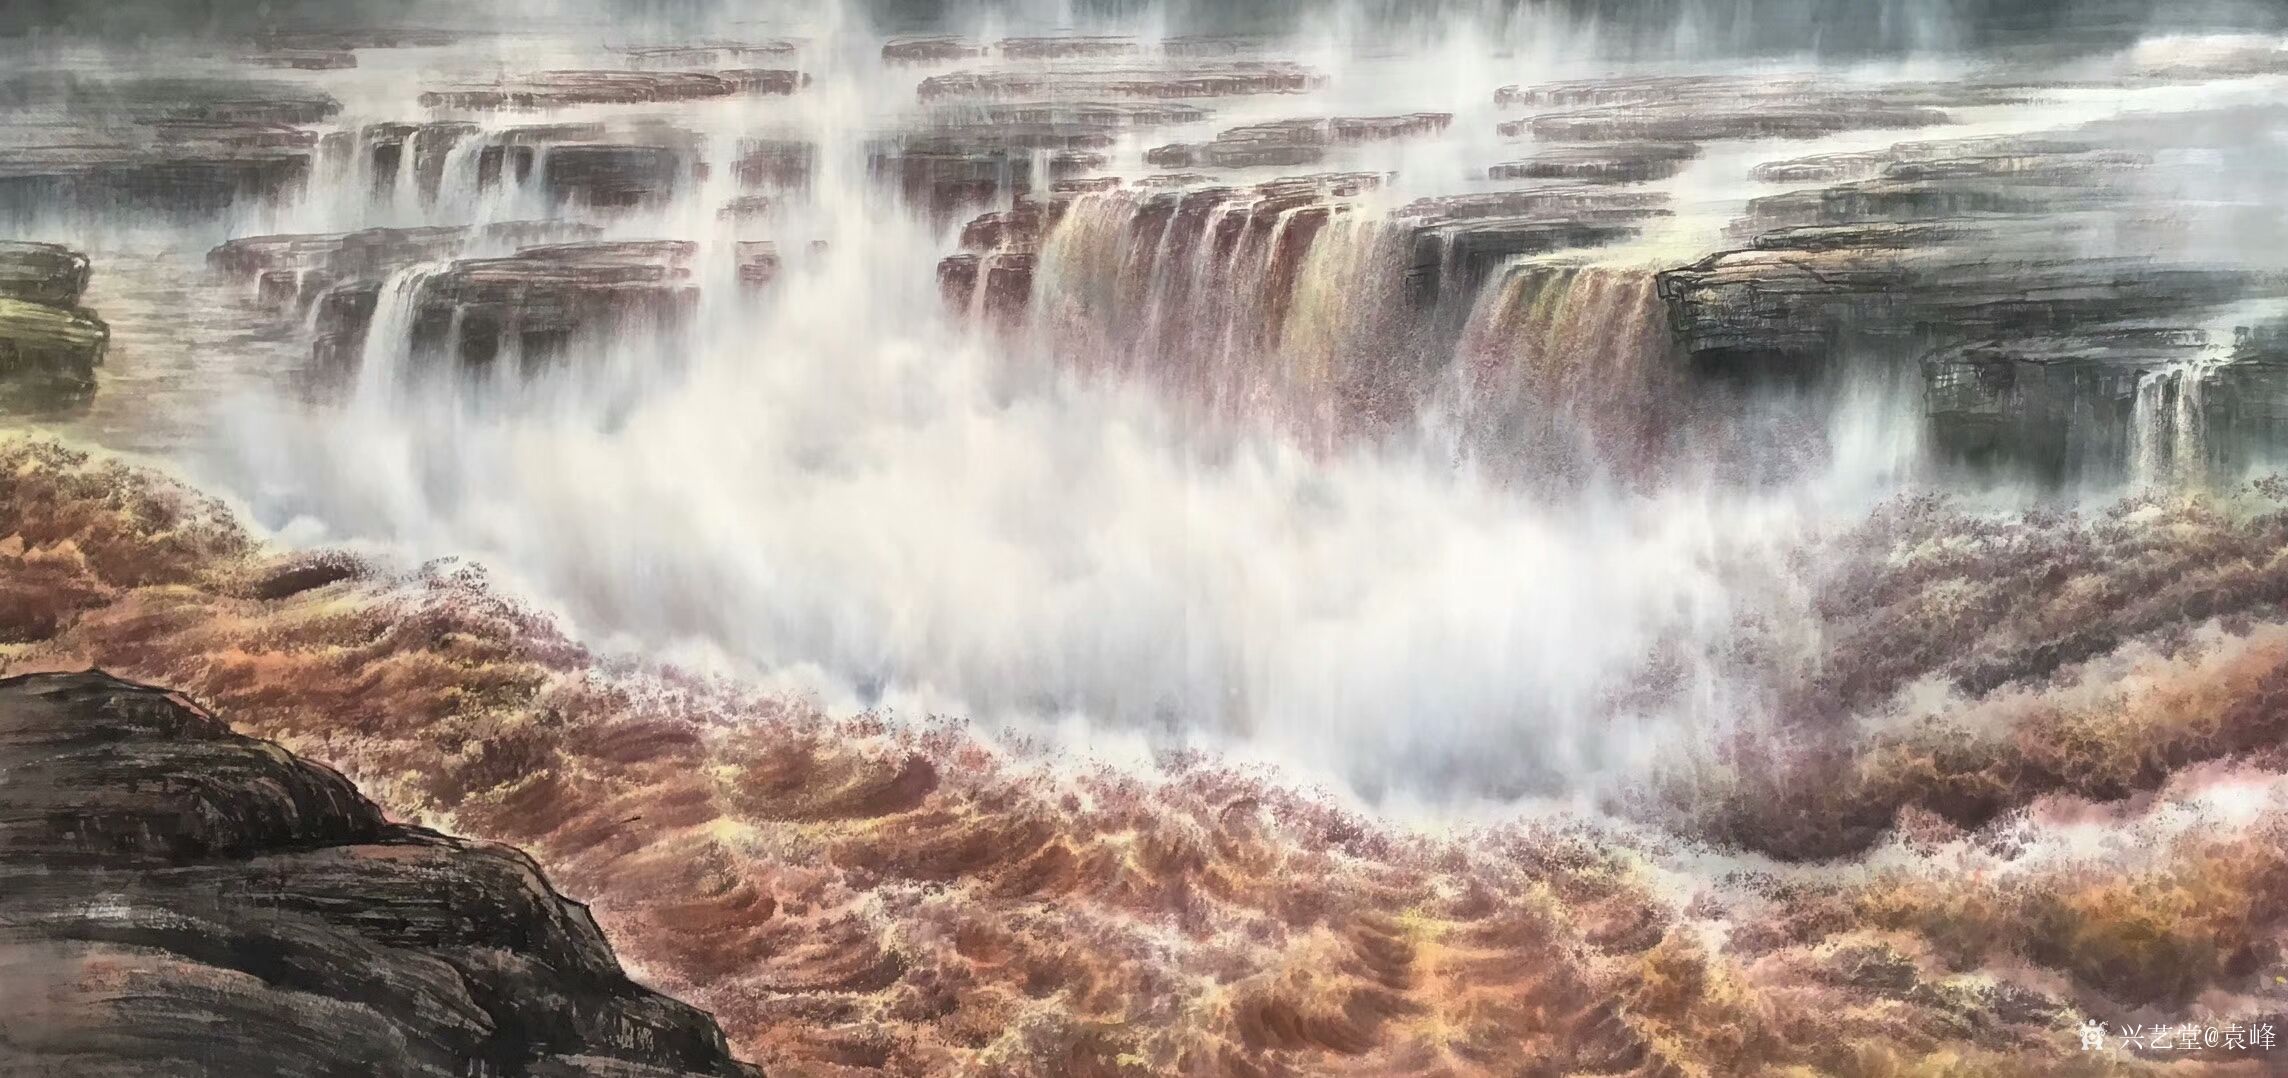
黄河之水天上来，奔流到海不复回。